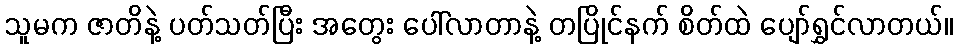
သူမက ဇာတိနဲ့ ပတ်သတ်ပြီး အတွေး ပေါ်လာတာနဲ့ တပြိုင်နက် စိတ်ထဲ ပျော်ရွှင်လာတယ်။